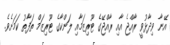
އޭނާ ވިދާޅުވީ ރާއްޖެ އާއި ރާއްޖޭގެ ޓޫރިޒަމާއި ލަންކާގެ ޓޫރިޒަމް ތަފާތު ކަމަށެވެ.